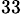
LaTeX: ^\mathrm{33}